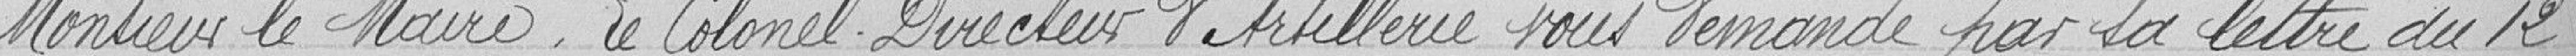
Monsieur le Maire, le Colonel Directeur d'Artillerie vous demande par la lettre du 12